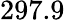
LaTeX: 297.9